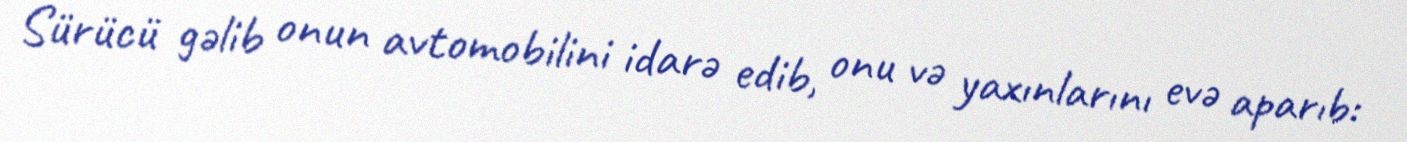
Sürücü gəlib onun avtomobilini idarə edib, onu və yaxınlarını evə aparıb: